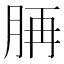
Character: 𦛍